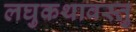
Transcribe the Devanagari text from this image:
लघुकथावस्तु